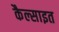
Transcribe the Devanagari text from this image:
कैल्साइत